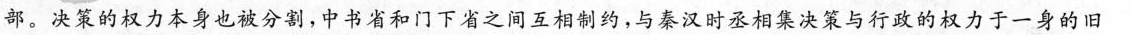
部。决策的权力本身也被分割，中书省和门下省之间互相制约，与秦汉时丞相集决策与行政的权力于一身的旧